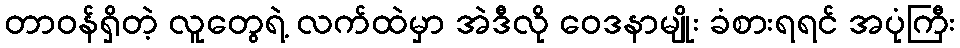
တာဝန်ရှိတဲ့ လူတွေရဲ့ လက်ထဲမှာ အဲဒီလို ဝေဒနာမျိုး ခံစားရရင် အပုံကြီး